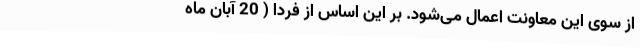
از سوی این معاونت اعمال می‌شود. بر این اساس از فردا ( 20 آبان ماه